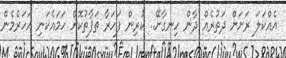
އެއްކަލަ ރަށަށް ދަތުރެއް ދާން ހިނގާށޭ.. ކުރިން ފަހަރާ ތަފާތުކޮށް ހަމައެކަނި އަހަރެމެން